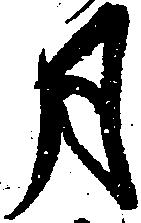
月